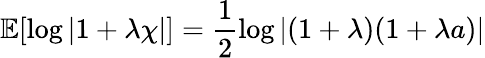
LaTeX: \mathbb{E}[\log|1+\lambda\chi|]=\frac{1}{2}\log\left|(1+\lambda)(1+\lambda a)\right|